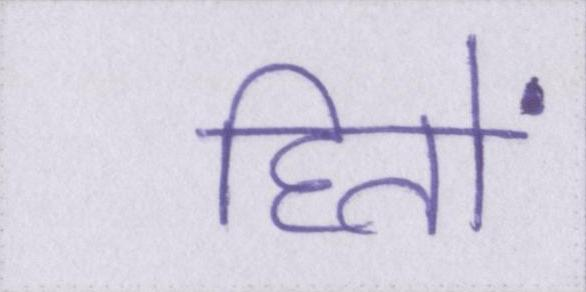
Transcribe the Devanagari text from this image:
हितों